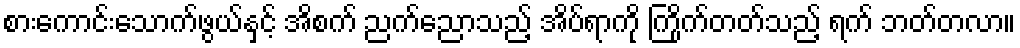
စားကောင်းသောက်ဖွယ်နှင့် အိစက် ညက်ညောသည့် အိပ်ရာကို ကြိုက်တတ်သည့် ရက် ဘတ်တလာ။